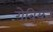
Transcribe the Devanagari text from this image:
गेबियन